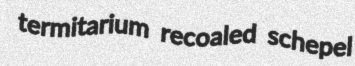
termitarium recoaled schepel